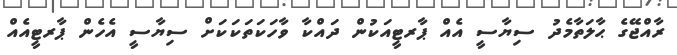
ރާއްޖޭގެ ޙާލަތާމެދު ސިޔާސީ އެއް ޕާރޓީއަކުން ދައްކާ ވާހަކަތަކަކަށް ސިޔާސީ އެހެން ޕާރޓީއެއް